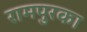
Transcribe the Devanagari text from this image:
रामपुरका